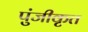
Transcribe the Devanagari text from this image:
पुंजीकृत